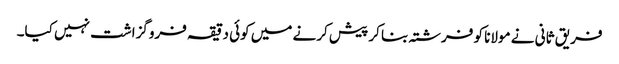
فریق ثانی نے مولانا کو فرشتہ بنا کر پیش کرنے میں کوئی دقیقہ فروگزاشت نہیں کیا۔